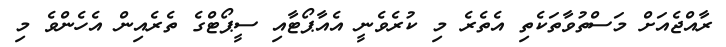
ރާއްޖެއަށް މަސްތުވާތަކެތި އެތެރެ މި ކުރެވެނީ އެއާޕޯޓާއި ސީޕޯޓްގެ ތެރެއިން އެހެންވެ މި